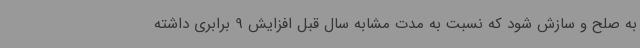
به صلح و سازش شود که نسبت به مدت مشابه سال قبل افزایش 9 برابری داشته